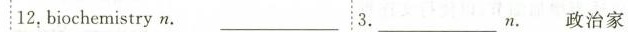
12,biochemistryn.___________3._________n.政治家